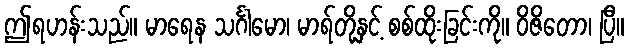
ဤရဟန်းသည်။ မာရေန သင်္ဂါမော၊ မာရ်တို့နှင့် စစ်ထိုးခြင်းကို။ ဝိဇိတော၊ ပြီ။